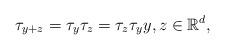
LaTeX: \begin{align*}\tau_{y+z}=\tau_y\tau_z=\tau_z\tau_y y,z\in \mathbb{R}^d,\end{align*}